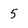
Character: 5